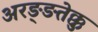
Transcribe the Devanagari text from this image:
अरङ्ङतेक्कु